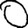
Digit: 0